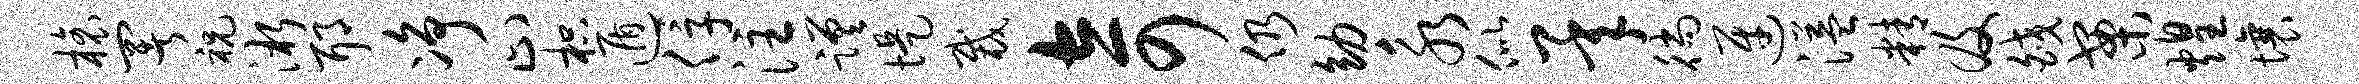
榱署祝淅耶净止枳遁俘注蹉堤裁奇仍幼永似承徜迓溢精及皎案煌壤